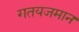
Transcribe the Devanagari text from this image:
गतयजमान